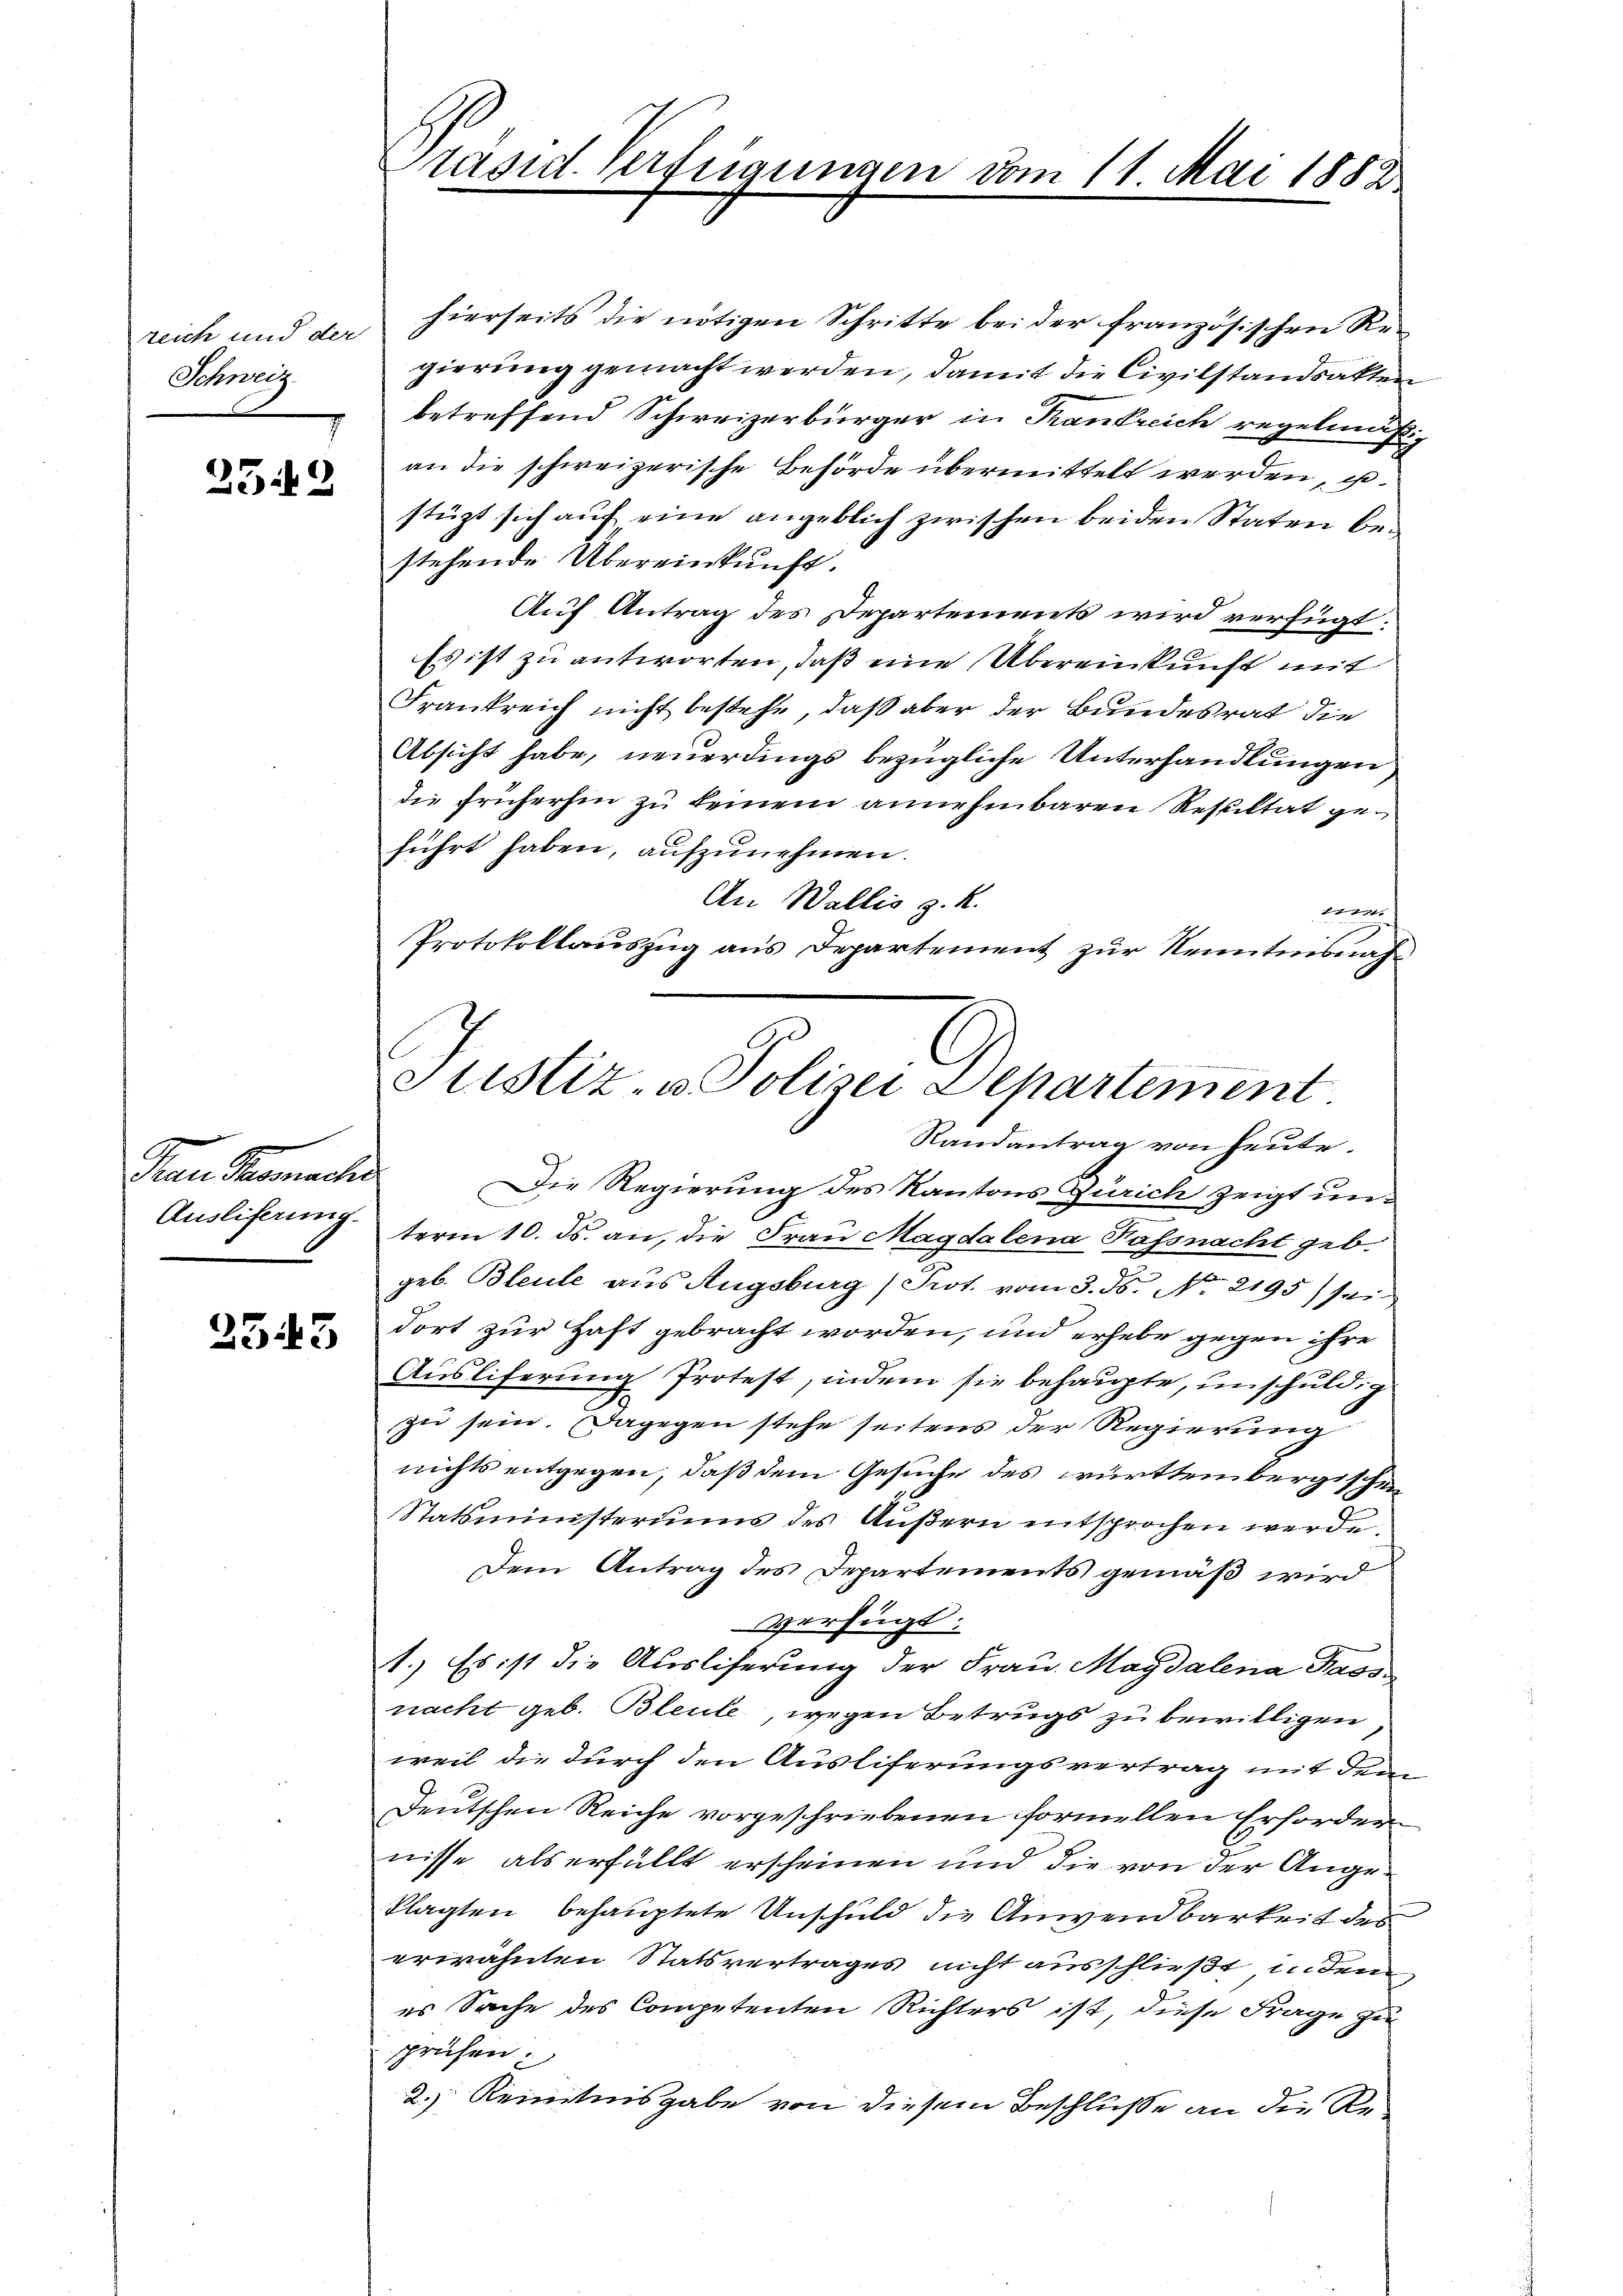
Schweiz.

2342

Nan Stammander

2343

räsid. Verfügungen vom 11. Mai 1888

reich und der hierseits die nötigen Schritte bei der französischen Re-
gierung gemacht werden, damit die Civilstandsakten
betreffend Schweizerbürger in Krankreich regelmäßig
an die schweizerische Behörde übermittelt werden, u
stüzt sich auf eine angeblich zwischen beiden Staten bestehende Übereinkunft.
Auf Antrag des Departements wird verfügt:
Es ist zu antworten, daß eine Übereinkunft mit
Frankreich nicht bestehe, daß aber der Bundesrat die
Absicht habe, neuerdings bezügliche Unterhandlungen
die früherhin zu keinem annehmbaren Resultat geführt haben, aufzunehmen.
An Wallis z. R.
Etat
Protokollauszug aus Departement zur Nenntnisnah¬
Randantrag von heute.
Die Regierung des Kantons Zürich zeigt un¬
Ausliferung term 10. ds. an, die Frau Magdalena Kassnacht geb.
geb. Bleule aus Augsburg (Prot. vom 3. ds. No. 2195) sei
dort zur Haft gebracht worden, und erhebe gegen ihre
Ausliferung Protest, indem sie behaupte, unschuldig
e
zu sein. Dagegen stehe seitens der Regierung
nichts entgegen, daß dem Gesuche des württembergischen
Statsministeriums des Äußern entsprochen werde
Dem Antrag des Departements gemäß wird
Verfügt:
1.) Es ist die Ausliserung der Frau Magdalena Tass
nacht geb. Bleule wegen Betrugs zu bewilligen
weil die durch den Ausliferungsvertrag mit dem
Deutschen Reiche vorgeschriebenen formellen Erfordernisse als erfüllt erscheinen und die von der Angeklagten behauptete Unschuld die Anwendbarkeit des
erwähnten Statsvertrages nicht ausschließt, in dem
es Sache des Competenten Richters ist, diese Frage zu
sprüfen
2.) Kenntnisgabe von diesem Beschlüße an die Re¬

Justiz. Polen Departement